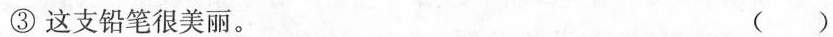
③这支铅笔很美丽。 ( )